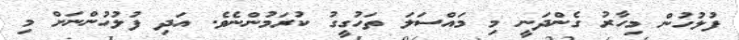
ފުލުހުން މިހާރު ގެންދަނީ މި މައްސަލަ ތަހުގީގު ކުރަމުންނެވެ. އަދި ފުލުހުންނަށް މި